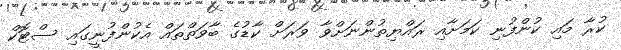
ކުރާ މައި ކުންފުނި ކަމަށާއި ރައްޔިތުންނަށްވާ ވަރަށް ކާޑުގެ ބާވަތްތައް އެކުންފުނީގައި ސްޓޮކް